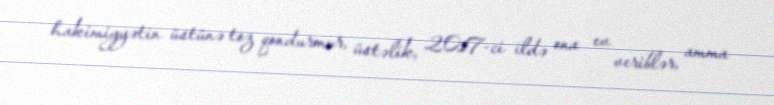
hakimiyyətin üstünə toz qondurmur, üstəlik, 2017-ci ildə ona ev veriblər, amma